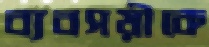
ব্যবসয়ীকে